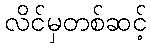
လိင်မှတစ်ဆင့်